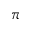
\pi